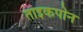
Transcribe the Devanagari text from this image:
ताइकपोन